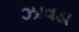
ઝાવડા